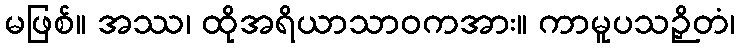
မဖြစ်။ အဿ၊ ထိုအရိယာသာဝကအား။ ကာမူပသဉှိတံ၊